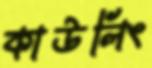
কাউলিং